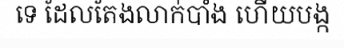
ទេ ដែលតែងលាក់បាំង ហើយបង្ក